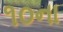
૧૦ના